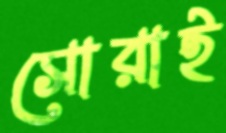
সোরাই